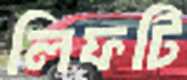
লিফটি